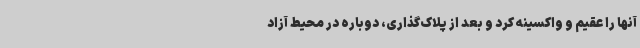
آنها را عقیم و واکسینه کرد و بعد از پلاک‌گذاری، دوباره در محیط آزاد